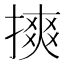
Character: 摤